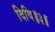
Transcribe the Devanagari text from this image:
दिवि॥३॥